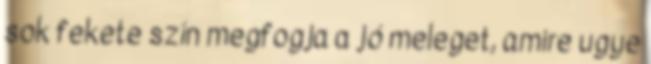
sok fekete szín megfogja a jó meleget, amire ugye